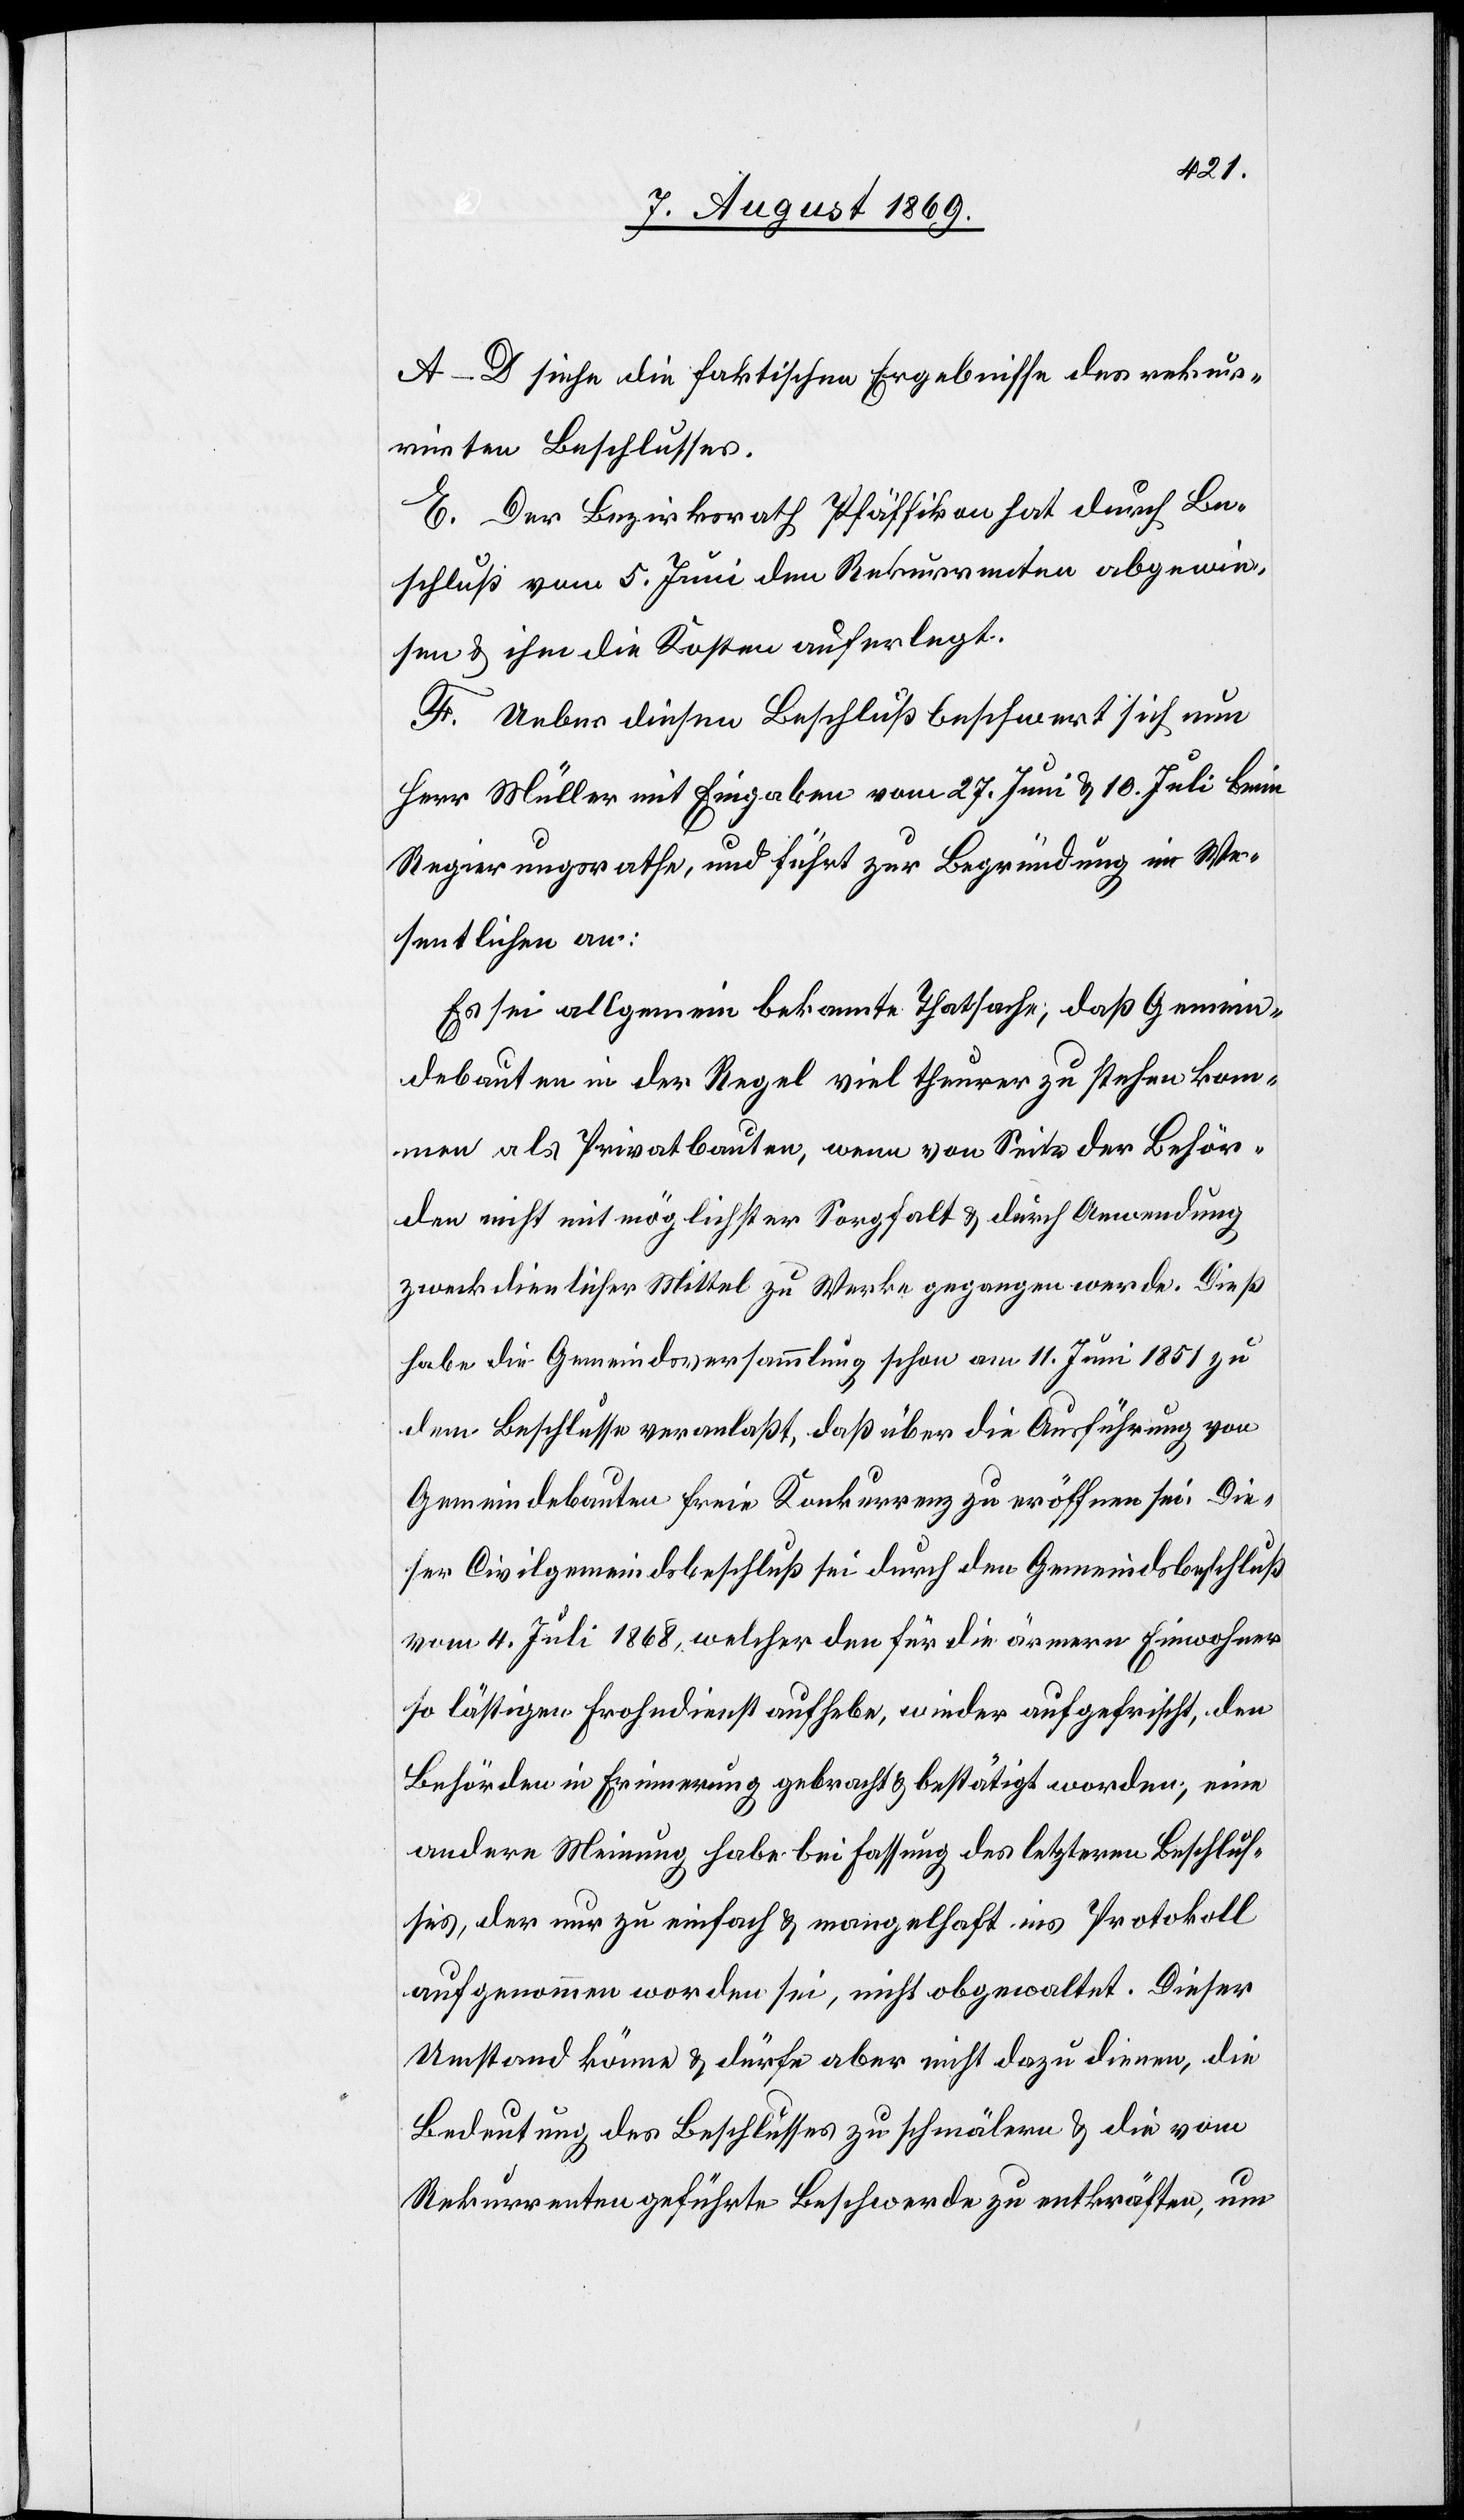
A–D siehe die faktischen Ergebnisse des rekur¬
rirten Beschlusses.
E. Der Bezirksrath Pfäffikon hat durch Be¬
schluß vom 5. Juni den Rekurrenten abgewie¬
sen & ihm die Kosten auferlegt.
F. Ueber diesen Beschluß beschwert sich nun
Herr Müller mit Eingaben vom 27. Juni & 10. Juli beim
Regierungsrathe, und führt zur Begründung im We¬
sentlichen an:
Es sei allgemein bekannte Thatsache, daß Gemein¬
debauten in der Regel viel theurer zu stehen kom¬
men als Privatbauten, wenn von Seite der Behör¬
den nicht mit möglichster Sorgfalt & durch Anwendung
zweckdienlicher Mittel zu Werke gegangen werde. Dieß
habe die Gemeindsversammlung schon am 11. Juni 1851 zu
dem Beschlusse veranlaßt, daß über die Ausführung von
Gemeindebauten freie Konkurrenz zu eröffnen sei. Die¬
ser Civilgemeindsbeschluß sei durch den Gemeindsbeschluß
vom 4. Juli 1868, welcher den für die ärmern Einwohner
so lässigen Frohndienst aufhebe, wieder aufgefrischt, den
Behörden in Erinnerung gebracht & bestätigt worden, eine
andere Meinung habe bei Fassung des letztern Beschlus¬
ses, der nur zu einfach & mangelhaft ins Protokoll
aufgenommen worden sei, nicht obgewaltet. Dieser
Umstand könne & dürfe aber nicht dazu dienen, die
Bedeutung des Beschlusses zu schmälern & die vom
Rekurrenten geführte Beschwerde zu entkräften, um